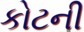
કોટની